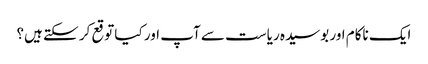
ایک ناکام اور بوسیدہ ریاست سے آپ اور کیا توقع کر سکتے ہیں؟